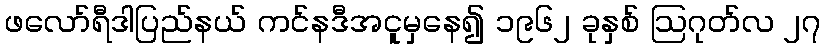
ဖလော်ရီဒါပြည်နယ် ကင်နဒီအငူမှနေ၍ ၁၉၆၂ ခုနှစ် ဩဂုတ်လ ၂၇